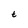
Character: t